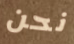
نحن